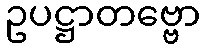
ဥပဋ္ဌာတဗ္ဗော